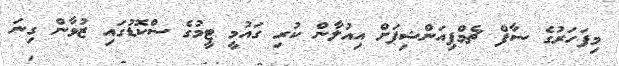
މިފަހަރުގެ ސާފް ޗެމްޕިއަންޝިޕަށް އިއުލާން ކުރި ގައުމީ ޓީމުގެ ސްކޮޑުގައި ޒުވާން ގިނަ